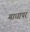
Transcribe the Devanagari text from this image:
माधापर